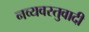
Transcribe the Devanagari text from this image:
नव्यवस्तुवादी